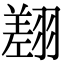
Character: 𦑺